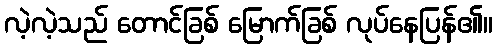
လဲ့လဲ့သည် တောင်ခြစ် မြောက်ခြစ် လုပ်နေပြန်၏။